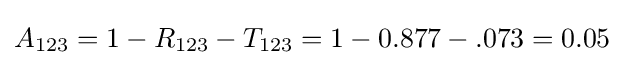
A_{123}=1-R_{123}-T_{123}=1-0.877-.073=0.05